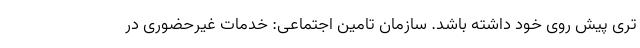
تری پیش روی خود داشته باشد. سازمان تامین اجتماعی: خدمات غیرحضوری در